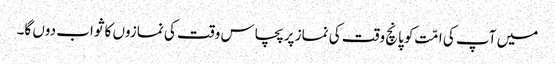
میں آپ کی امّت کو پانچ وقت کی نماز پر پچاس وقت کی نمازوں کا ثواب دوں گا۔